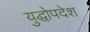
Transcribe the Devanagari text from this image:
युद्धोपदेश